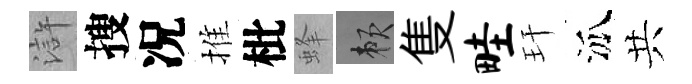
滸搜况推枇蜂賴隻畦玕泒共